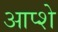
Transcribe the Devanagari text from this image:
आप्शे